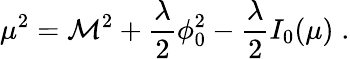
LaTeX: \mu^{2}=\mathcal{M}^{2}+{\frac{{\lambda}}{{2}}}\phi_{0}^{2}-{\frac{{\lambda}}{{2}}}I_{0}(\mu)\; .